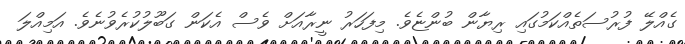
ގެއްލޭ ފުރުސަތެއްކަމުގައި ރިޔާން ބުންޏެވެ. މިފަހަރު ނީރާއަށް ވެސް އެކަން ގަބޫލުކުރެވުނެވެ. އަމިއްލަ